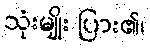
သုံးမျိုး ပြား၏၊